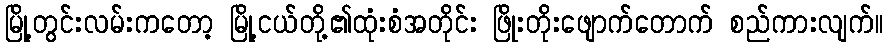
မြို့တွင်းလမ်းကတော့ မြို့ငယ်တို့၏ထုံးစံအတိုင်း ဖြိုးတိုးဖျောက်တောက် စည်ကားလျက်။